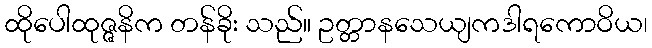
ထိုပေါထုဇ္ဇနိက တန်ခိုး သည်။ ဥတ္တာနသေယျကဒါရကောဝိယ၊